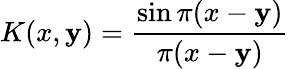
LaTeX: K(x,\mathbf{y})={\frac{{\sin\pi(x-\mathbf{y})}}{{\pi(x-\mathbf{y})}}}